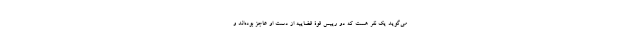
می‌گوید یک نفر هست که دو رییس قوۀ قضاییه از دست او عاجز بوده‌اند و